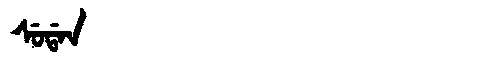
Manchu: ᠰᡠᡩᠠᠨ
Romanization: SUDAN